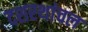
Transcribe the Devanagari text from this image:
दशरथांचल